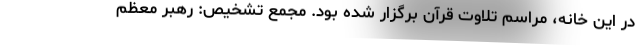
در این خانه، مراسم تلاوت قرآن برگزار شده بود. مجمع تشخیص: رهبر معظم